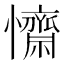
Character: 𢥖